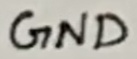
Text: GND